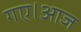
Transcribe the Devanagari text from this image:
गए।आज